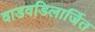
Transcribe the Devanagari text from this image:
वाडवडिलार्जित